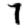
Digit: 7